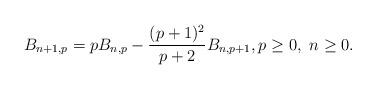
LaTeX: \begin{align*}B_{n+1,p} = p B_{n,p} - \frac{(p + 1)^2}{p + 2}B_{n,p+1},p\ge 0,\ n\ge 0.\end{align*}